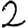
Digit: 2